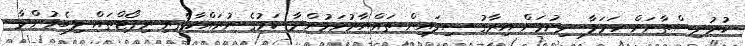
ކުރުދިސްތާނަށް ހަމަލާ ދިނުމަށް އިރާގު ސިފައިން ތައްޔާރުވަމުންދާ ކަމުގެ ނުރައްކާތެރި ރިޕޯޓްތައް ލިބެމުންދާ